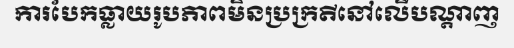
ការបែកធ្លាយរូបភាពមិនប្រក្រតីនៅលើបណ្តាញ